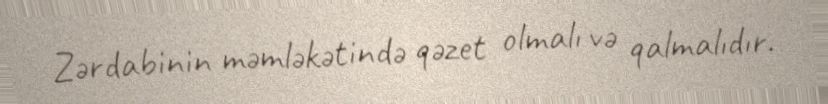
Zərdabinin məmləkətində qəzet olmalı və qalmalıdır.